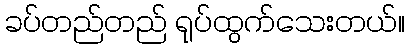
ခပ်တည်တည် ရုပ်ထွက်သေးတယ်။